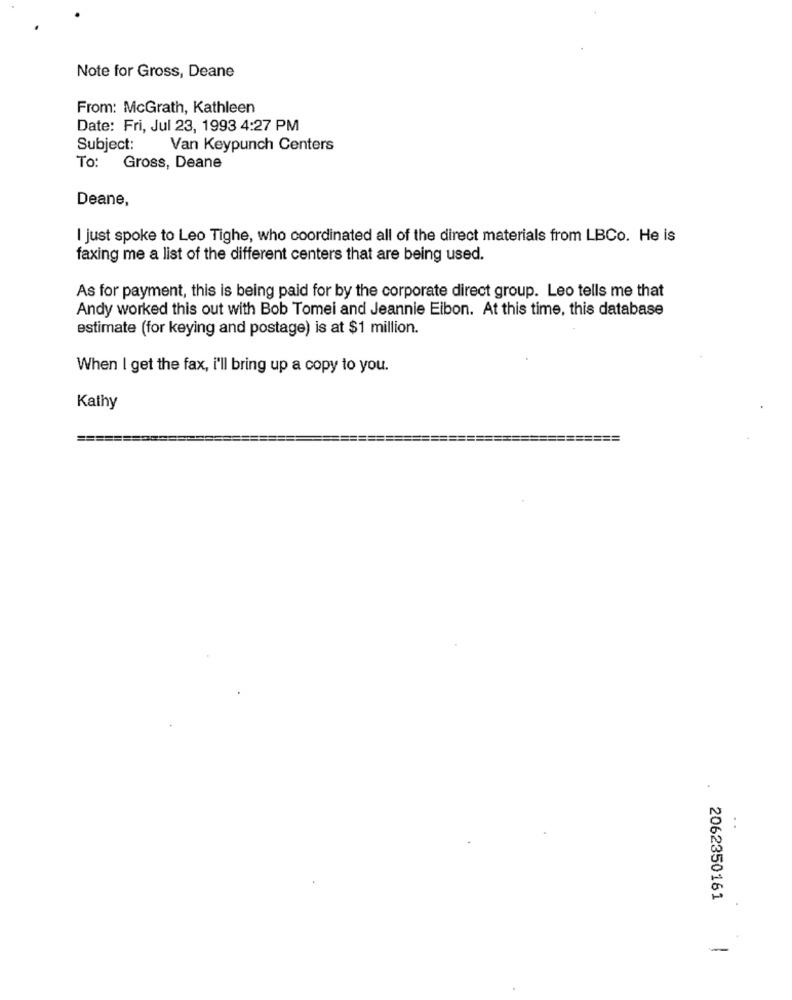
Note for Gross, Deane
From: McGrath, Kathleen
Date: Fri, Jul 23, 1993 4:27 PM
Subject:
Van Keypunch Centers
To: Gross, Deane
Deane,
I just spoke to Leo Tighe, who coordinated all of the direct materials from LBCo. He is
faxing me a list of the different centers that are being used.
As for payment, this is being paid for by the corporate direct group. Leo tells me that
Andy worked this out with Bob Tomei and Jeannie Eibon. At this time, this database
estimate (for keying and postage) is at $1 million.
When I get the fax, i'll bring up a copy to you.
Kathy
2062350161
-